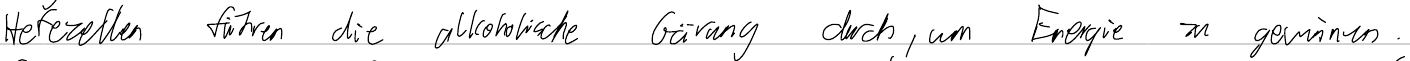
Hefezellen führen die alkoholische Gärung durch, um Energie zu gewinnen.